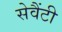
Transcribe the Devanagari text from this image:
सेवैंटी